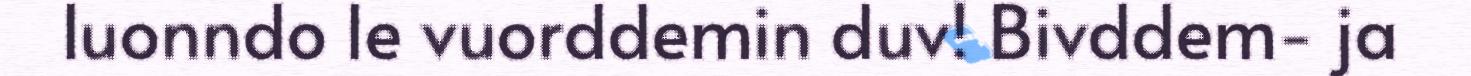
luonndo le vuorddemin duv! Bivddem- ja